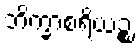
ဘိက္ခာစရိယဉ္စ